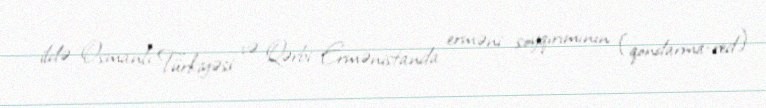
ildə Osmanlı Türkiyəsi və Qərbi Ermənistanda erməni soyqırımının (qondarma-red)